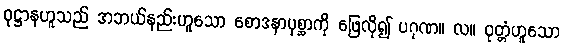
ဝုဋ္ဌာနဟူသည် အဘယ်နည်းဟူသော စောဒနာပုစ္ဆာကို ဖြေလို၍ ပဂုဏ။ လ။ ဝုတ္တံဟူသော